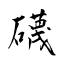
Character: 礣